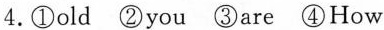
4.①old ②you ③are ④How